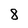
Character: 8